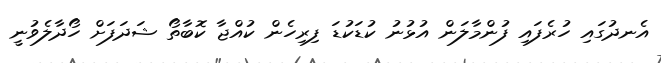
އެނދުގައި ހުރެފައި ފުންމާލަން އުޅުނު ކުޑަކުޑަ ފިރިހެން ކުއްޖާ ކޮބާތޯ ޝަދަފަށް ހޯދާލެވުނީ